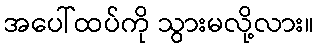
အပေါ်ထပ်ကို သွားမလို့လား။